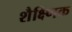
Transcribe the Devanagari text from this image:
शैक्ष्णिक